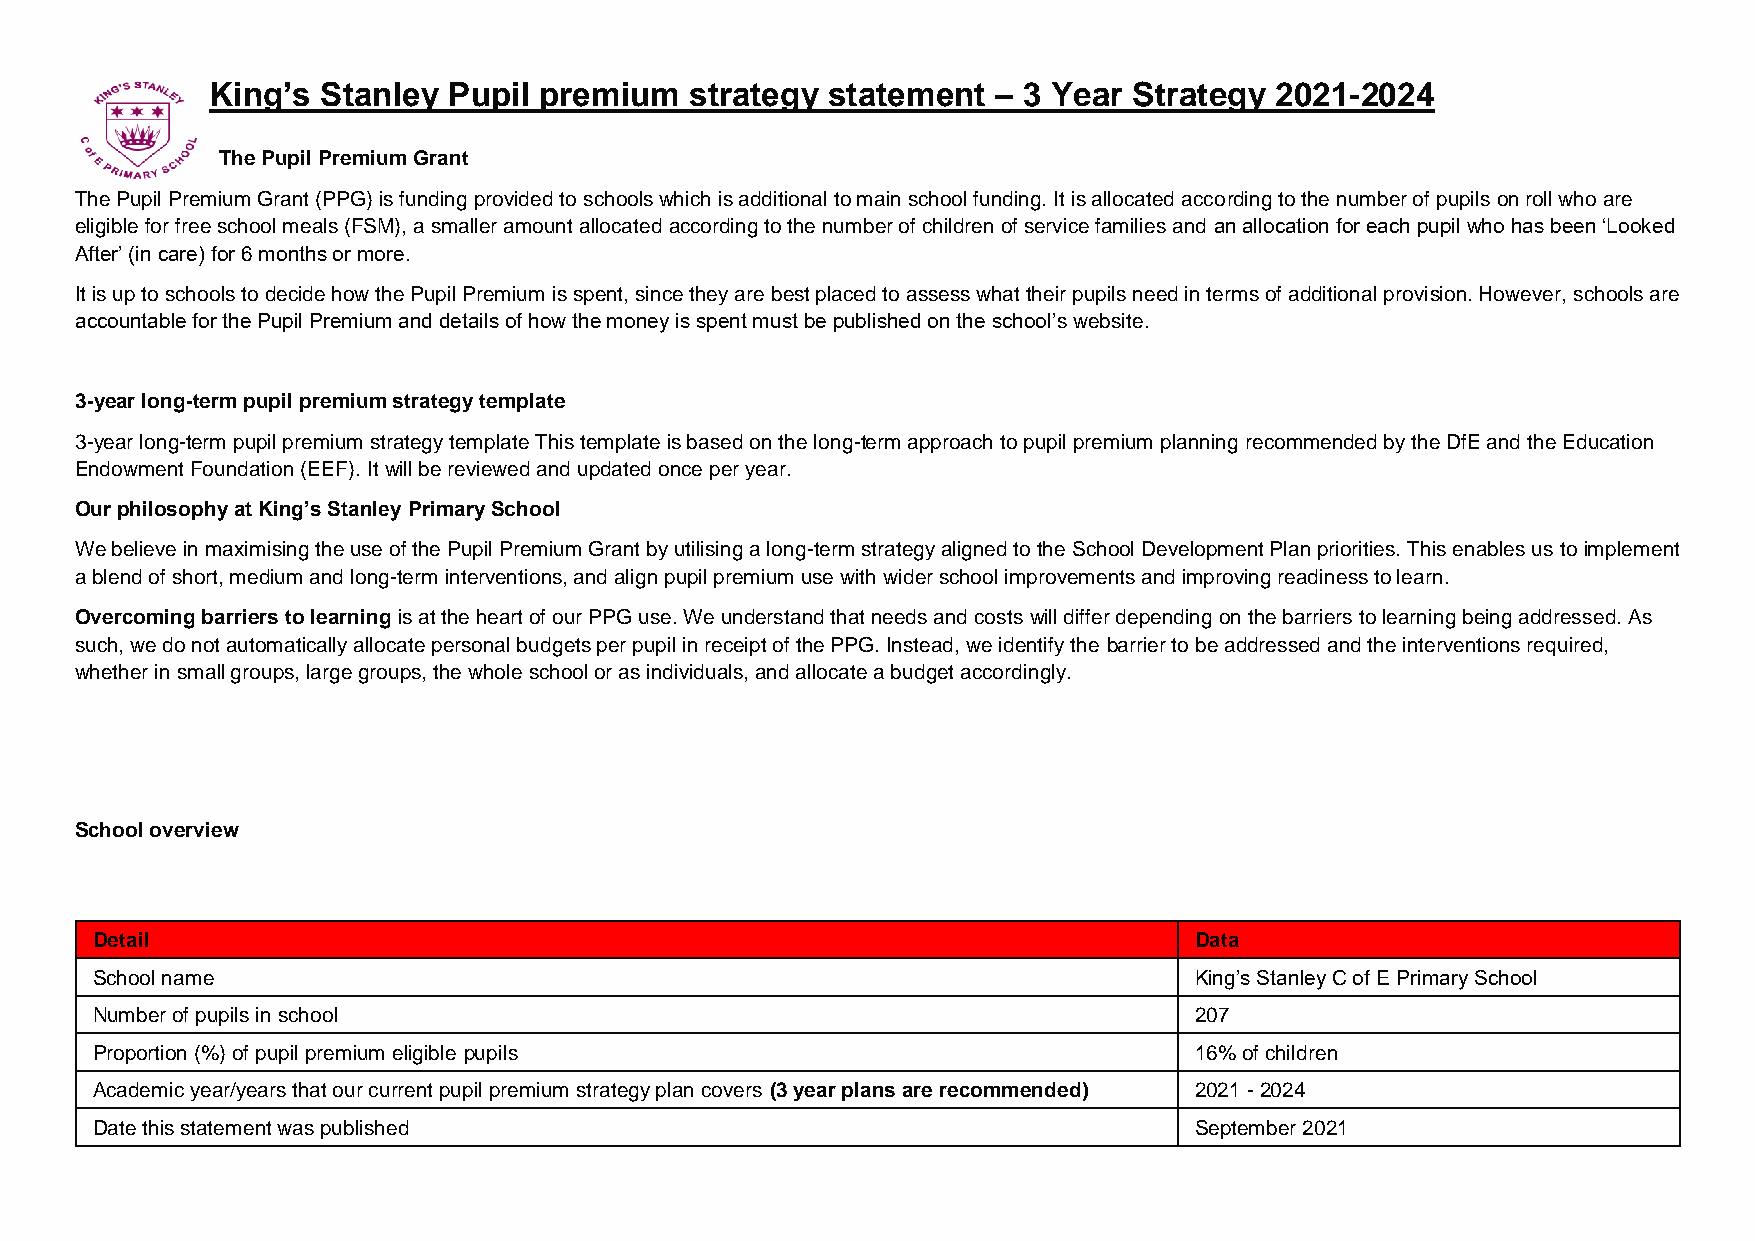
King’s Stanley  Pupil premium   strategy statement  – 3 Year Strategy 2021-2024
 The Pupil Premium Grant
 The Pupil Premium Grant (PPG) is funding provided to schools which is additional to main school funding. It is allocated according to the number of pupils on roll who are
 eligible for free school meals (FSM), a smaller amount allocated according to the number of children of service families and an allocation for each pupil who has been ‘Looked
 After’ (in care) for 6 months or more.
 It is up to schools to decide how the Pupil Premium is spent, since they are best placed to assess what their pupils need in terms of additional provision. However, schools are
 accountable for the Pupil Premium and details of how the money is spent must be published on the school’s website.
 3-year long-term pupil premium strategy template
 3-year long-term pupil premium strategy template This template is based on the long-term approach to pupil premium planning recommended by the DfE and the Education
 Endowment Foundation (EEF). It will be reviewed and updated once per year.
 Our philosophy at King’s Stanley Primary School
 We believe in maximising the use of the Pupil Premium Grant by utilising a long-term strategy aligned to the School Development Plan priorities. This enables us to implement
 a blend of short, medium and long-term interventions, and align pupil premium use with wider school improvements and improving readiness to learn.
 Overcoming barriers to learning is at the heart of our PPG use. We understand that needs and costs will differ depending on the barriers to learning being addressed. As
 such, we do not automatically allocate personal budgets per pupil in receipt of the PPG. Instead, we identify the barrier to be addressed and the interventions required,
 whether in small groups, large groups, the whole school or as individuals, and allocate a budget accordingly.
 School overview
 Detail                                                                   Data
 School name                                                              King’s Stanley C of E Primary School
 Number of pupils in school                                               207
 Proportion (%) of pupil premium eligible pupils                          16% of children
 Academic year/years that our current pupil premium strategy plan covers (3 year plans are recommended) 2021 - 2024
 Date this statement was published                                        September 2021